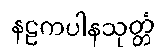
နဠကပါနသုတ္တံ